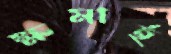
ক্ষমার্হ